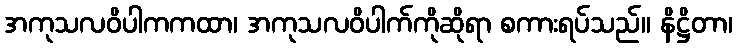
အကုသလဝိပါကကထာ၊ အကုသလဝိပါက်ကိုဆိုရာ စကားရပ်သည်။ နိဋ္ဌိတာ၊